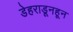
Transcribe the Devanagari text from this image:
डेहराडूनहून